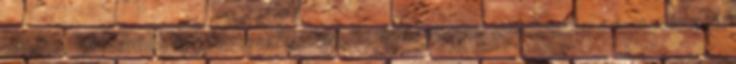
minden. Mindennek lett fontossága, ugyanakkor minden elvesztette a fontosságát.